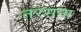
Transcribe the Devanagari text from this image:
तरसना